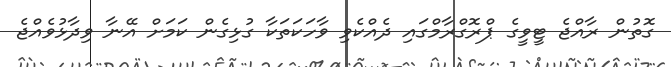
ގޮތުން ރާއްޖެ ޓީވީގެ ޕްރޮގްރާމްގައި ދެއްކެވި ވާހަކަތަކާ ގުޅިގެން ކަމަށް އޭނާ ވިދާޅުވެއްޖެ